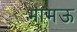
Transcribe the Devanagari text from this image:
भामऊ